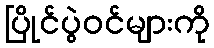
ပြိုင်ပွဲဝင်များကို